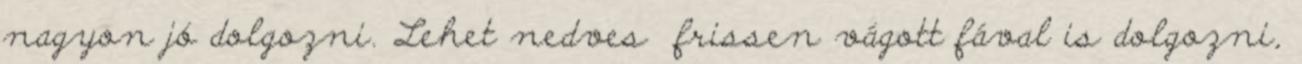
nagyon jó dolgozni. Lehet nedves frissen vágott fával is dolgozni,